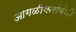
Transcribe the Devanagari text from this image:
आगळीकसंबंधी